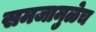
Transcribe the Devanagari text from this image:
समजामुळेच